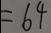
= 6 4